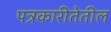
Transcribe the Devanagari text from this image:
पत्रकारीतेतील